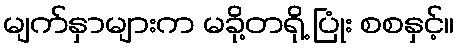
မျက်နှာများက မခို့တရို့ ပြုံး စစနှင့်။